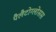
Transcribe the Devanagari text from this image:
पैलैटोग्लोसस